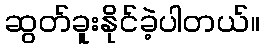
ဆွတ်ခူးနိုင်ခဲ့ပါတယ်။